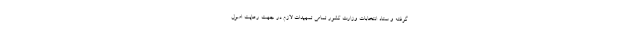
گرفته و ستاد انتخابات وزارت کشور تمامی تمهیدات لازم در جهت رعایت اصول